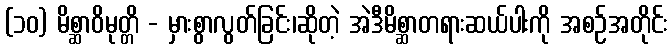
(၁၀) မိစ္ဆာဝိမုတ္တိ - မှားစွာလွတ်ခြင်း၊ဆိုတဲ့ အဲဒီမိစ္ဆာတရားဆယ်ပါးကို အစဉ်အတိုင်း